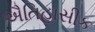
ઐતિહાસીક